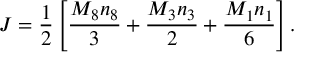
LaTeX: J = { \frac { 1 } { 2 } } \left[ { \frac { M _ { 8 } n _ { 8 } } { 3 } } + { \frac { M _ { 3 } n _ { 3 } } { 2 } } + { \frac { M _ { 1 } n _ { 1 } } { 6 } } \right] .